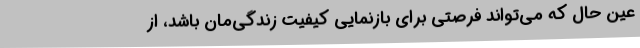
عین حال ‌که می‌تواند فرصتی برای بازنمایی کیفیت زندگی‌مان باشد، از